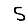
Digit: 5